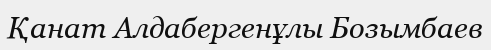
Қанат Алдабергенұлы Бозымбаев